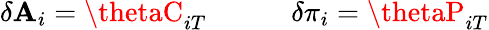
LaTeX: \delta\mathbf{A}_{i}=\thetaC_{iT}\quad\qquad\delta\pi_{i}=\thetaP_{iT}